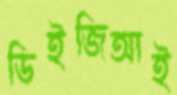
ডিইজিআই